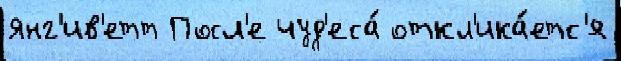
Янг'ив'етт Посл'е чуд'еса́ откл'ика́етс'я